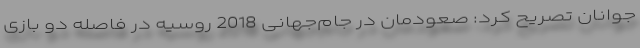
جوانان تصریح کرد: صعودمان در جام‌جهانی 2018 روسیه در فاصله دو بازی